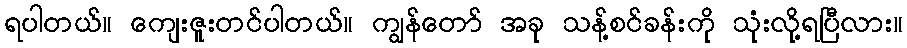
ရပါတယ်။ ကျေးဇူးတင်ပါတယ်။ ကျွန်တော် အခု သန့်စင်ခန်းကို သုံးလို့ရပြီလား။